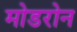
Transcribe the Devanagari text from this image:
मोडरोन